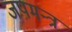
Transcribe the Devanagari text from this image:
जपमन्त्र